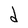
Character: d